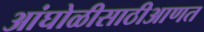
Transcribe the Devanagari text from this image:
आंघोळीसाठीआणत